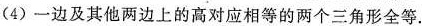
(4)一边及其他两边上的高对应相等的两个三角形全等.